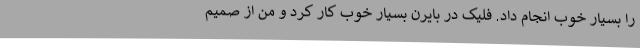
را بسیار خوب انجام داد. فلیک در بایرن بسیار خوب کار کرد و من از صمیم